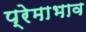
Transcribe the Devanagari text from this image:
प्रेमाभाव